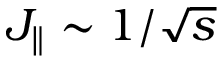
J _ { \parallel } \sim 1 / \sqrt { s }